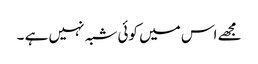
مجھے اس میں کوئی شبہ نہیں ہے ۔